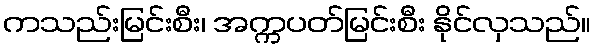
ကသည်းမြင်းစီး၊ အက္ကပတ်မြင်းစီး နိုင်လှသည်။